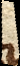
Quodsi